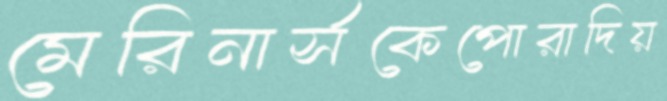
মেরিনার্সকেপোরাদিয়